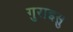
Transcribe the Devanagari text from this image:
गुराइसु